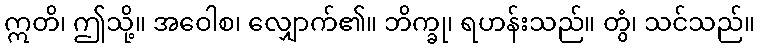
ဣတိ၊ ဤသို့။ အဝေါစ၊ လျှောက်၏။ ဘိက္ခု၊ ရဟန်းသည်။ တွံ၊ သင်သည်။